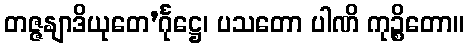
တဇ္ဇနျာဒိယုတေ’င်္ဂုဋ္ဌေ၊ ပသတော ပါဏိ ကုဉ္စိတော။